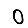
Digit: 0